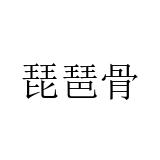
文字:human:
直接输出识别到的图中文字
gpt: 琵琶骨